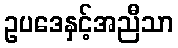
ဥပဒေနှင့်အညီသာ